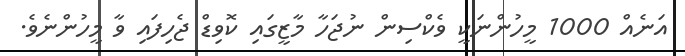
އަނެއް 1000 މީހުންނަކީ ވެކްސިން ނުޖަހާ މާޒީގައި ކޮވިޑް ޖެހިފައި ވާ މީހުންނެވެ.